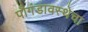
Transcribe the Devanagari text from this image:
पौगंडावस्थेचा